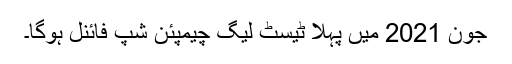
جون 2021 میں پہلا ٹیسٹ لیگ چیمپئن شپ فائنل ہوگا۔